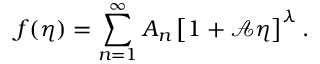
f ( \eta ) = \sum _ { n = 1 } ^ { \infty } A _ { n } \left[ 1 + \mathcal { A } \eta \right] ^ { \lambda } .